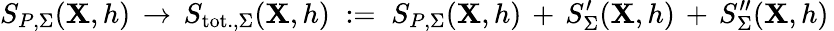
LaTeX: S_{P,\Sigma}(\mathbf{X},h)\, \to\, S_{\mathrm{{tot.,}}\Sigma}(\mathbf{X},h)\; :=\; S_{P,\Sigma}(\mathbf{X},h)\, +\, S_{\Sigma}^{\prime}(\mathbf{X},h)\, +\, S_{\Sigma}^{\prime\prime}(\mathbf{X},h)\,